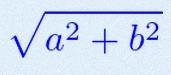
\sqrt{a^2+b^2}